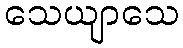
သေယျာသေ